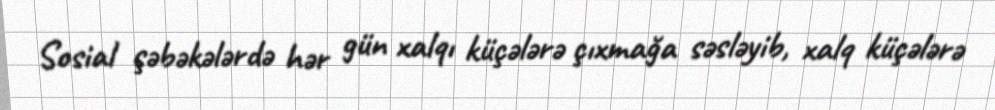
Sosial şəbəkələrdə hər gün xalqı küçələrə çıxmağa səsləyib, xalq küçələrə